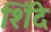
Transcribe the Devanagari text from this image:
शिँदे